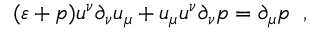
( \varepsilon + p ) u ^ { \nu } \partial _ { \nu } u _ { \mu } + u _ { \mu } u ^ { \nu } \partial _ { \nu } p = \partial _ { \mu } p \; \; ,